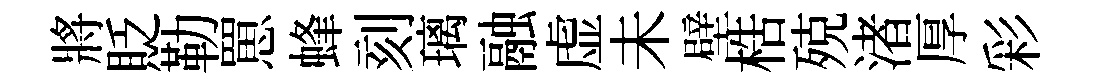
將貶勒罳蜂刻璃融虚未壁梏殑渚厚彩